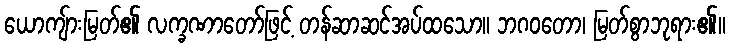
ယောကျ်ားမြတ်၏ လက္ခဏာတော်ဖြင့် တန်ဆာဆင်အပ်ထသော။ ဘဂဝတော၊ မြတ်စွာဘုရား၏။